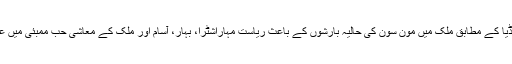
بھارتی نشریاتی ادارے ٹائمز آف انڈیا کے مطابق ملک میں مون سون کی حالیہ بارشوں کے باعث ریاست مہاراشٹرا، بہار، آسام اور ملک کے معاشی حب ممبئی میں عوام کو شدید مشکلات کا سامنا ہے۔